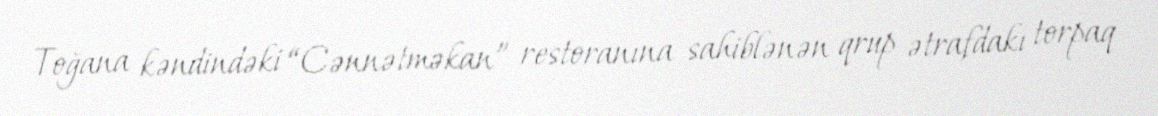
Toğana kəndindəki “Cənnətməkan” restoranına sahiblənən qrup ətrafdakı torpaq